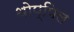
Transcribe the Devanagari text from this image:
थोप्पिल